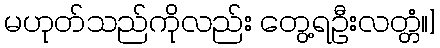
မဟုတ်သည်ကိုလည်း တွေ့ရဦးလတ္တံ။]